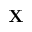
\mathbf { X }